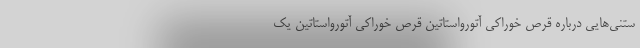
ستنی‌هایی درباره قرص خوراکی آتورواستاتین قرص خوراکی آتورواستاتین یک